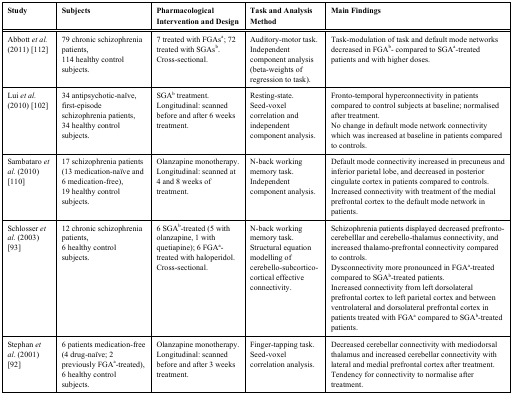
| Study | Subjects | Pharmacological Intervention and Design | Task and Analysis Method | Main Findings |
 | --- | --- | --- | --- | --- |
 | Abbott et al. (2011) [112] | 79 chronic schizophrenia patients,114 healthy control subjects. | 7 treated with FGAsa; 72 treated with SGAsb.Cross-sectional. | Auditory-motor task. Independent component analysis (beta-weights of regression to task). | Task-modulation of task and default mode networks decreased in FGAb- compared to SGAa-treated patients and with higher doses. |
 | Lui et al. (2010) [102] | 34 antipsychotic--naïve, first-episode schizophrenia patients,34 healthy control subjects. | SGAb treatment. Longitudinal: scanned before and after 6 weeks treatment. | Resting-state.Seed-voxel correlation and independent component analysis. | Fronto-temporal hyperconnectivity in patients compared to control subjects at baseline; normalised after treatment.No change in default mode network connectivity which was increased at baseline in patients compared to controls. |
 | Sambataro et al. (2010) [110] | 17 schizophrenia patients (13 medication-naïve and 6 medication-free),19 healthy control subjects. | Olanzapine monotherapy.Longitudinal: scanned at 4 and 8 weeks of treatment. | N-back working memory task.Independent component analysis. | Default mode connectivity increased in precuneus and inferior parietal lobe, and decreased in posterior cingulate cortex in patients compared to controls.Increased connectivity with treatment of the medial prefrontal cortex to the default mode network in patients. |
 | Schlosser et al. (2003) [93] | 12 chronic schizophrenia patients,6 healthy control subjects. | 6 SGAb-treated (5 with olanzapine, 1 with quetiapine); 6 FGAa-treated with haloperidol.Cross-sectional. | N-back working memory task.Structural equation modelling of cerebello-subcortico-cortical effective connectivity. | Schizophrenia patients displayed decreased prefronto-cerebelllar and cerebello-thalamus connectivity, and increased thalamo-prefrontal connectivity compared to controls.Dysconnectivity more pronounced in FGAa-treated compared to SGAb-treated patients.Increased connectivity from left dorsolateral prefrontal cortex to left parietal cortex and between ventrolateral and dorsolateral prefrontal cortex in patients treated with FGAa compared to SGAb-treated patients. |
 | Stephan et al. (2001) [92] | 6 patients medication-free (4 drug-naïve; 2 previously FGAa-treated),6 healthy control subjects. | Olanzapine monotherapy.Longitudinal: scanned before and after 3 weeks treatment. | Finger-tapping task.Seed-voxel correlation analysis. | Decreased cerebellar connectivity with mediodorsal thalamus and increased cerebellar connectivity with lateral and medial prefrontal cortex after treatment.Tendency for connectivity to normalise after treatment. |